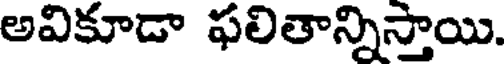
అవికూడా ఫలితాన్నిస్తాయి.